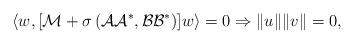
LaTeX: \begin{align*}\langle w, [\mathcal{M}+\sigma\,(\mathcal{A}\mathcal{A}^*, \mathcal{B}\mathcal{B}^* )]w\rangle = 0 \Rightarrow \|u\|\|v\| = 0,\end{align*}